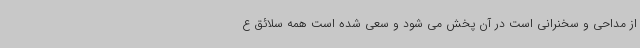
از مداحی و سخنرانی است در آن پخش می شود و سعی شده است همه سلائق ع